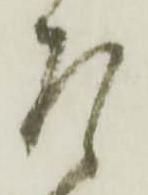
左